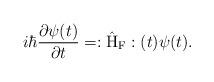
LaTeX: \begin{align*}i \hbar \frac{\partial \psi(t)}{\partial t} =:\hat{\rm H}_{\rm F}:(t) \psi(t) .\end{align*}